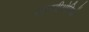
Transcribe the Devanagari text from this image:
आरबीओसियों